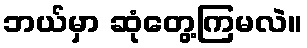
ဘယ်မှာ ဆုံတွေ့ကြမလဲ။